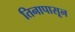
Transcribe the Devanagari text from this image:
तिनापासून